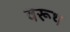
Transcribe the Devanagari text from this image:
वरूथ